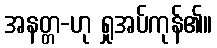
အနတ္တ-ဟု ရှုအပ်ကုန်၏။